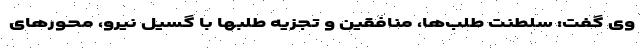
وی گفت: سلطنت طلب‌ها، منافقین و تجزیه طلبها با گسیل نیرو، محورهای